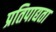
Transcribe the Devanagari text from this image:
प्रतिपाद्यता